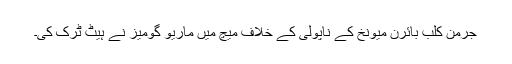
جرمن کلب بائرن میونخ کے ناپولی کے خلاف میچ میں ماریو گومیز نے ہیٹ ٹرک کی۔